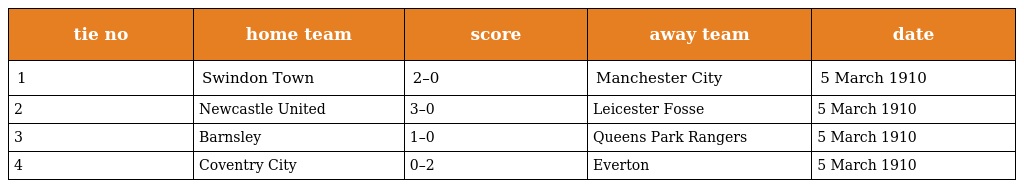
| tie no | home team | score | away team | date |
 | --- | --- | --- | --- | --- |
 | 1 | Swindon Town | 2–0 | Manchester City | 5 March 1910 |
 | 2 | Newcastle United | 3–0 | Leicester Fosse | 5 March 1910 |
 | 3 | Barnsley | 1–0 | Queens Park Rangers | 5 March 1910 |
 | 4 | Coventry City | 0–2 | Everton | 5 March 1910 |